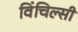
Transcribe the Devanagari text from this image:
विंचिल्सी